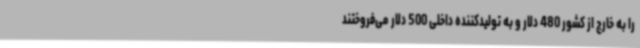
را به خارج از کشور 480 دلار و به تولیدکننده داخلی 500 دلار می‌فروختند